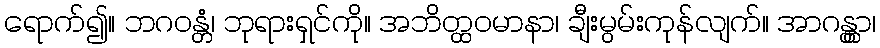
ရောက်၍။ ဘဂဝန္တံ၊ ဘုရားရှင်ကို။ အဘိတ္ထဝမာနာ၊ ချီးမွမ်းကုန်လျက်။ အာဂန္တွာ၊